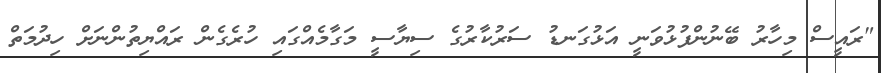
"ރައީސް މިހާރު ބޭނުންފުޅުވަނީ އަޅުގަނޑު ސަރުކާރުގެ ސިޔާސީ މަގާމެއްގައި ހުރެގެން ރައްޔިތުންނަށް ހިދުމަތް